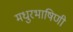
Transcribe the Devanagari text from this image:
मधुरभाषिणी